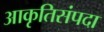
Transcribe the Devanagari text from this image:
आकृतिसंपदा